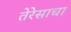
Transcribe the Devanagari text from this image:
तेरेसाचा